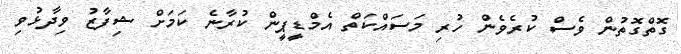
ގޮތްގޮތުން ވެސް ކުރެވެން ހުރި މަސައްކަތް އެމްޑީޕީން ކުރާނެ ކަމަށް ޝިފާޒު ވިދާޅުވި